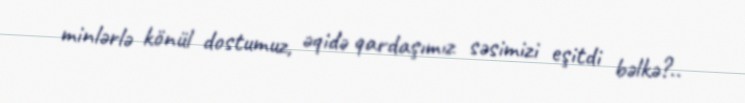
minlərlə könül dostumuz, əqidə qardaşımız səsimizi eşitdi bəlkə?..